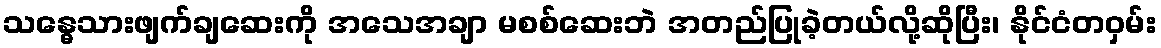
သန္ဓေသားဖျက်ချဆေးကို အသေအချာ မစစ်ဆေးဘဲ အတည်ပြုခဲ့တယ်လို့ဆိုပြီး၊ နိုင်ငံတဝှမ်း